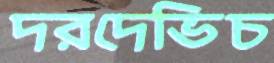
দরদেভিচ